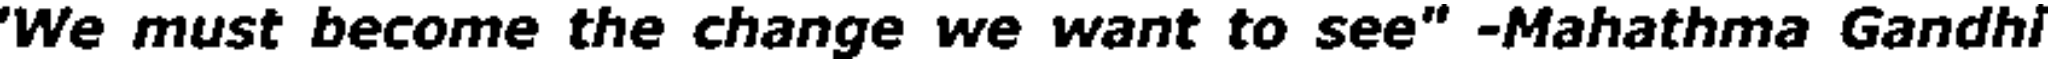
'We must become the change we want to see" -Mahathma Gandhi